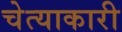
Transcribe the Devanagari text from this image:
चेत्याकारी